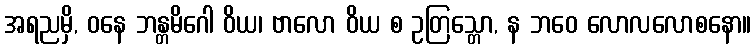
အရညမှိ, ဝနေ ဘန္တမိဂေါ ဝိယ၊ ဗာလော ဝိယ စ ဥတြသ္တော, န ဘဝေ လောလလောစနော။